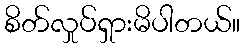
စိတ်လှုပ်ရှားမိပါတယ်။